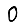
Digit: 0